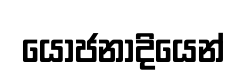
යෝජනාදියෙන්